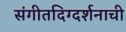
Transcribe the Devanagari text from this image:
संगीतदिग्दर्शनाची